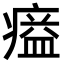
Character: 𤸸